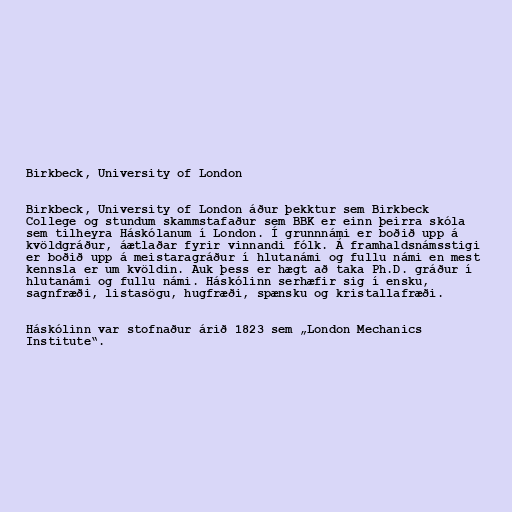
Birkbeck, University of London

Birkbeck, University of London áður þekktur sem Birkbeck
College og stundum skammstafaður sem BBK er einn þeirra skóla
sem tilheyra Háskólanum í London. Í grunnnámi er boðið upp á
kvöldgráður, áætlaðar fyrir vinnandi fólk. Á framhaldsnámsstigi
er boðið upp á meistaragráður í hlutanámi og fullu námi en mest
kennsla er um kvöldin. Auk þess er hægt að taka Ph.D. gráður í
hlutanámi og fullu námi. Háskólinn serhæfir sig í ensku,
sagnfræði, listasögu, hugfræði, spænsku og kristallafræði.

Háskólinn var stofnaður árið 1823 sem „London Mechanics
Institute“.